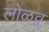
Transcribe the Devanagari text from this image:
लोळवू